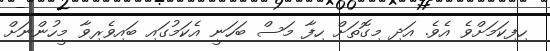
ހިފިކަމަށްވެ އެވެ. އަދި މިގޮތަށް ހިފާ މަސް ބަހަނީ އެކަމުގައި ބައިވެރިވާ މީހުންނަށް